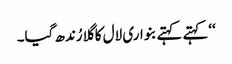
‘‘کہتے کہتے بنواری لال کا گلا رُندھ گیا۔